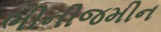
ભીનીજમીન